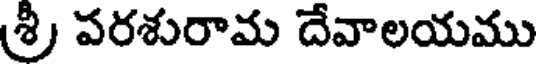
శ్రీ పరశురామ దేవాలయము